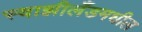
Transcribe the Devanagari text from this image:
स्वाझीलँडमधील